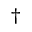
\dag